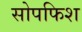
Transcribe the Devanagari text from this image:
सोपफिश